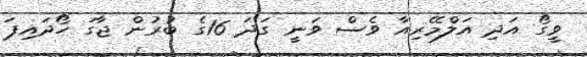
ވީގޯ އަދި އަލްމޭރިއާ ވެސް ވަނީ ގަދަ 16ގެ ބުރުން ޖާގަ ހޯދައިފަ